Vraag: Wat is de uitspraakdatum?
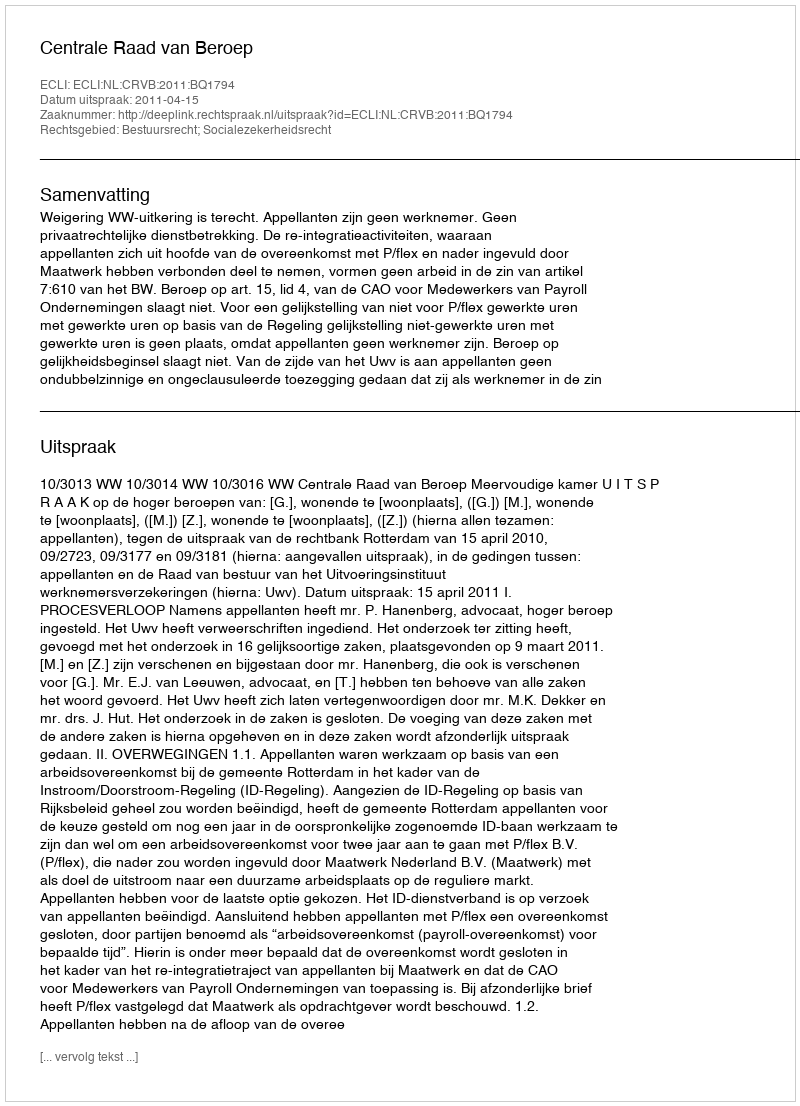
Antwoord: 2011-04-15